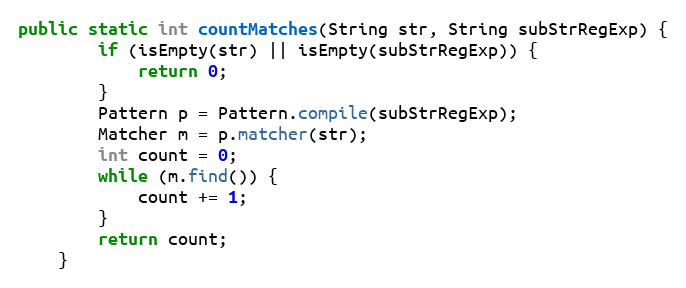
Language: Java
public static int countMatches(String str, String subStrRegExp) {
        if (isEmpty(str) || isEmpty(subStrRegExp)) {
            return 0;
        }
        Pattern p = Pattern.compile(subStrRegExp);
        Matcher m = p.matcher(str);
        int count = 0;
        while (m.find()) {
            count += 1;
        }
        return count;
    }